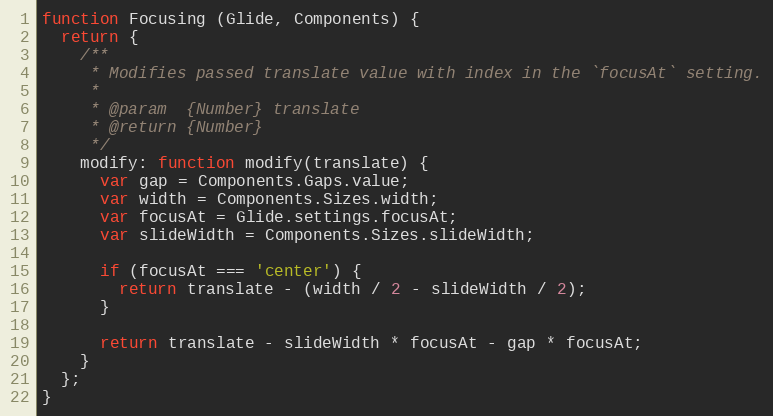
Language: JavaScript
function Focusing (Glide, Components) {
  return {
    /**
     * Modifies passed translate value with index in the `focusAt` setting.
     *
     * @param  {Number} translate
     * @return {Number}
     */
    modify: function modify(translate) {
      var gap = Components.Gaps.value;
      var width = Components.Sizes.width;
      var focusAt = Glide.settings.focusAt;
      var slideWidth = Components.Sizes.slideWidth;

      if (focusAt === 'center') {
        return translate - (width / 2 - slideWidth / 2);
      }

      return translate - slideWidth * focusAt - gap * focusAt;
    }
  };
}